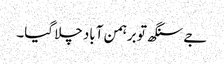
جے سنگھ تو برہمن آباد چلا گیا۔